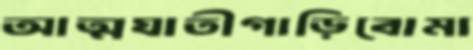
আত্মঘাতীগাড়িবোমা